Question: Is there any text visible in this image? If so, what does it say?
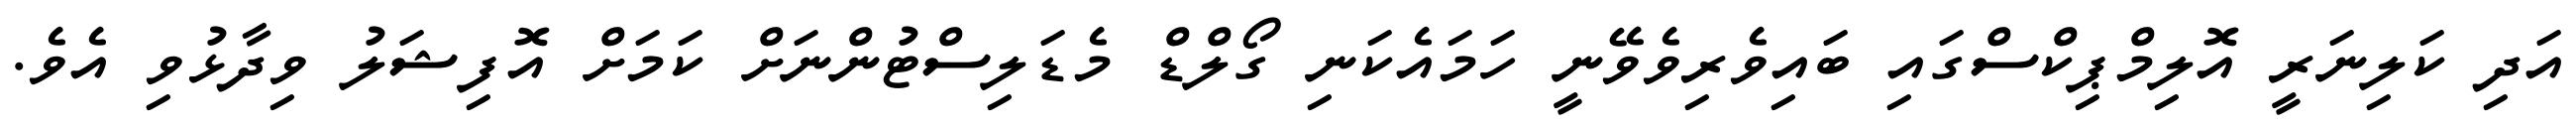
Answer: އަދި ކަލިނަރީ އޮލިމްޕިކްސްގައި ބައިވެރިވެވޭނީ ހަމައެކަނި ގޯލްޑް މެޑަލިސްޓުންނަށް ކަމަށް އޮފިޝަލު ވިދާޅުވި އެވެ.